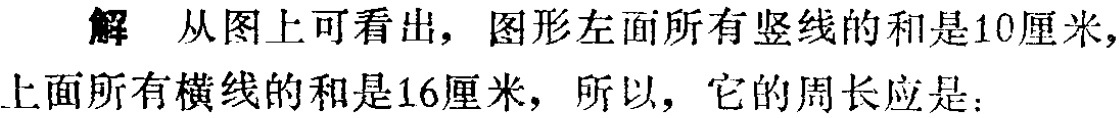
解 从图上可看出，图形左面所有竖线的和是10厘米，上面所有横线的和是16厘米，所以，它的周长应是：